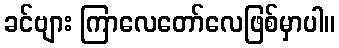
ခင်ဗျား ကြာလေတော်လေဖြစ်မှာပါ။